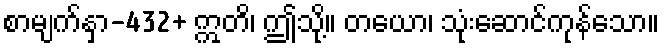
စာမျက်နှာ-432+ ဣတိ၊ ဤသို့။ တယော၊ သုံးဆောင်ကုန်သော။